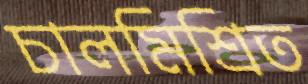
চালমিশ্রিত